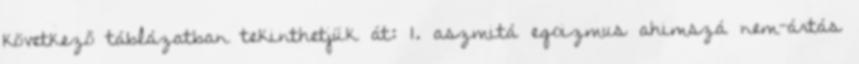
következő táblázatban tekinthetjük át: 1. aszmitá egoizmus ahimszá nem-ártás